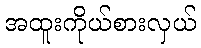
အထူးကိုယ်စားလှယ်